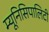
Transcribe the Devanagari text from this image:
म्यूनिसिपालिटी